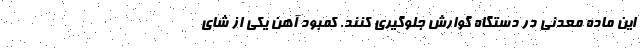
این ماده معدنی در دستگاه گوارش جلوگیری کنند. کمبود آهن یکی از شای